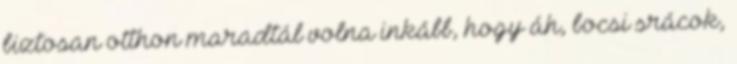
biztosan otthon maradtál volna inkább, hogy áh, bocsi srácok,